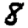
Digit: 8